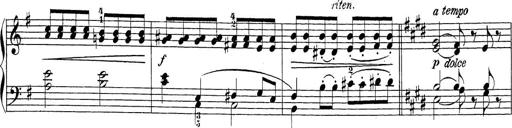
Title: Sonatina Album
Composer: Louis KÃ¶hler